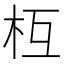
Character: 枑